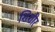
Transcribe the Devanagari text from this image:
शिशीर